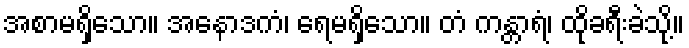
အစာမရှိသော။ အနောဒကံ၊ ရေမရှိသော။ တံ ကန္တာရံ၊ ထိုခရီးခဲသို့။